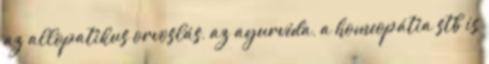
az allopatikus orvoslás, az ayurvéda, a homeopátia stb is